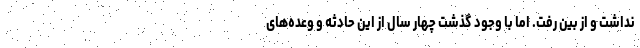
نداشت و از بین رفت. اما با وجود گذشت چهار سال از این حادثه و وعده‌های